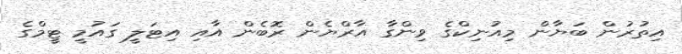
އިތުރުން ބަޔާން މިއުނިކްގެ ވިންގާ އާރްޔެން ރޮބެން އާއި އިޓަލީ ގައުމީ ޓީމްގެ